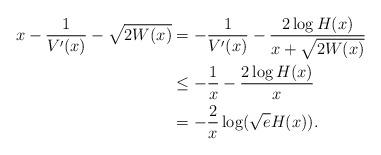
LaTeX: \begin{align*}x - \frac{1}{V'(x)} - \sqrt{2W(x)} & =- \frac{1}{V'(x)} - \frac{2 \log H(x)}{x + \sqrt{2W(x)}} \\& \leq - \frac{1}{x} - \frac{2 \log H(x)}{x} \\& = - \frac{2}{x} \log (\sqrt{e}H(x)) .\end{align*}